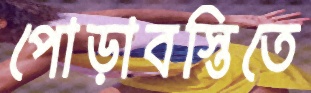
পোড়াবস্তিতে